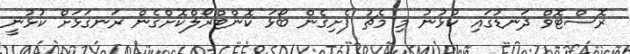
ރޮސްޓޮވް ދަނޑުގައި ކުޅުނު މި މެޗު ފެށިގެން ބޯޅަ ކޮންޓްރޯލްކޮށްގެން ރަނގަޅަށް ކުޅުނީ